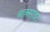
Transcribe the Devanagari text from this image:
बाक्‍साइट